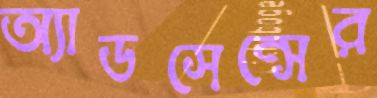
অ্যাডসেন্সের